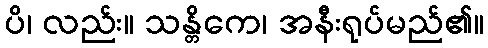
ပိ၊ လည်း။ သန္တိကေ၊ အနီးရုပ်မည်၏။